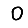
Digit: 0